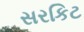
સરકિટ